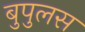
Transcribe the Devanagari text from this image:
बुपुलस